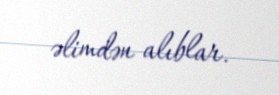
əlimdən alıblar.